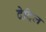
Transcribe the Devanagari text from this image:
देट्रिल